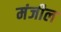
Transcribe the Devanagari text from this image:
मंजील